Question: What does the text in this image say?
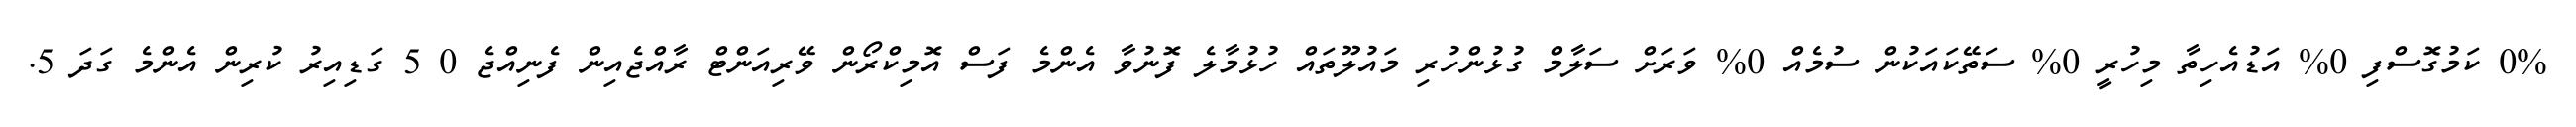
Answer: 0% ކަމުގޮސްފި 0% އަޑުއެހިތާ މިހުރީ 0% ސަތޭކައަކުން ސުމެއް 0% ވަރަށް ސަލާމް ގުޅުންހުރި މައުލޫތައް ހުޅުމާލެ ފޮނުވާ އެންމެ ފަސް އޮމިކްރޯން ވޭރިއަންޓް ރާއްޖެއިން ފެނިއްޖެ 0 5 ގަޑިއިރު ކުރިން އެންމެ ގަދަ 5.